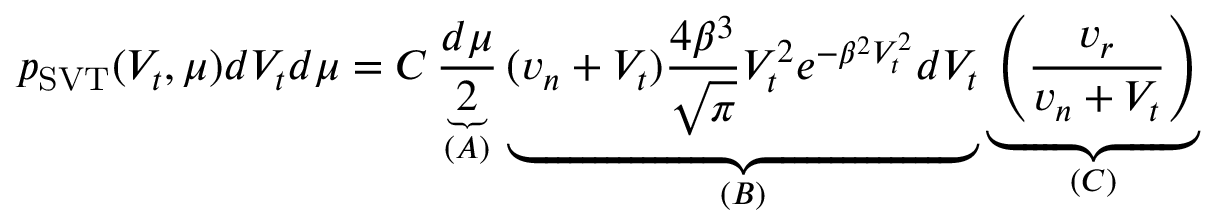
p _ { \mathrm { S V T } } ( V _ { t } , \mu ) d V _ { t } d \mu = C \underbrace { \frac { d \mu } { 2 } } _ { ( A ) } \underbrace { ( v _ { n } + V _ { t } ) \frac { 4 \beta ^ { 3 } } { \sqrt { \pi } } V _ { t } ^ { 2 } e ^ { - \beta ^ { 2 } V _ { t } ^ { 2 } } d V _ { t } } _ { ( B ) } \underbrace { \left( \frac { v _ { r } } { v _ { n } + V _ { t } } \right) } _ { ( C ) }